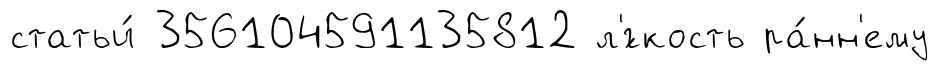
статьи́ 356104591135812 л'́гкость ра́нн'ему